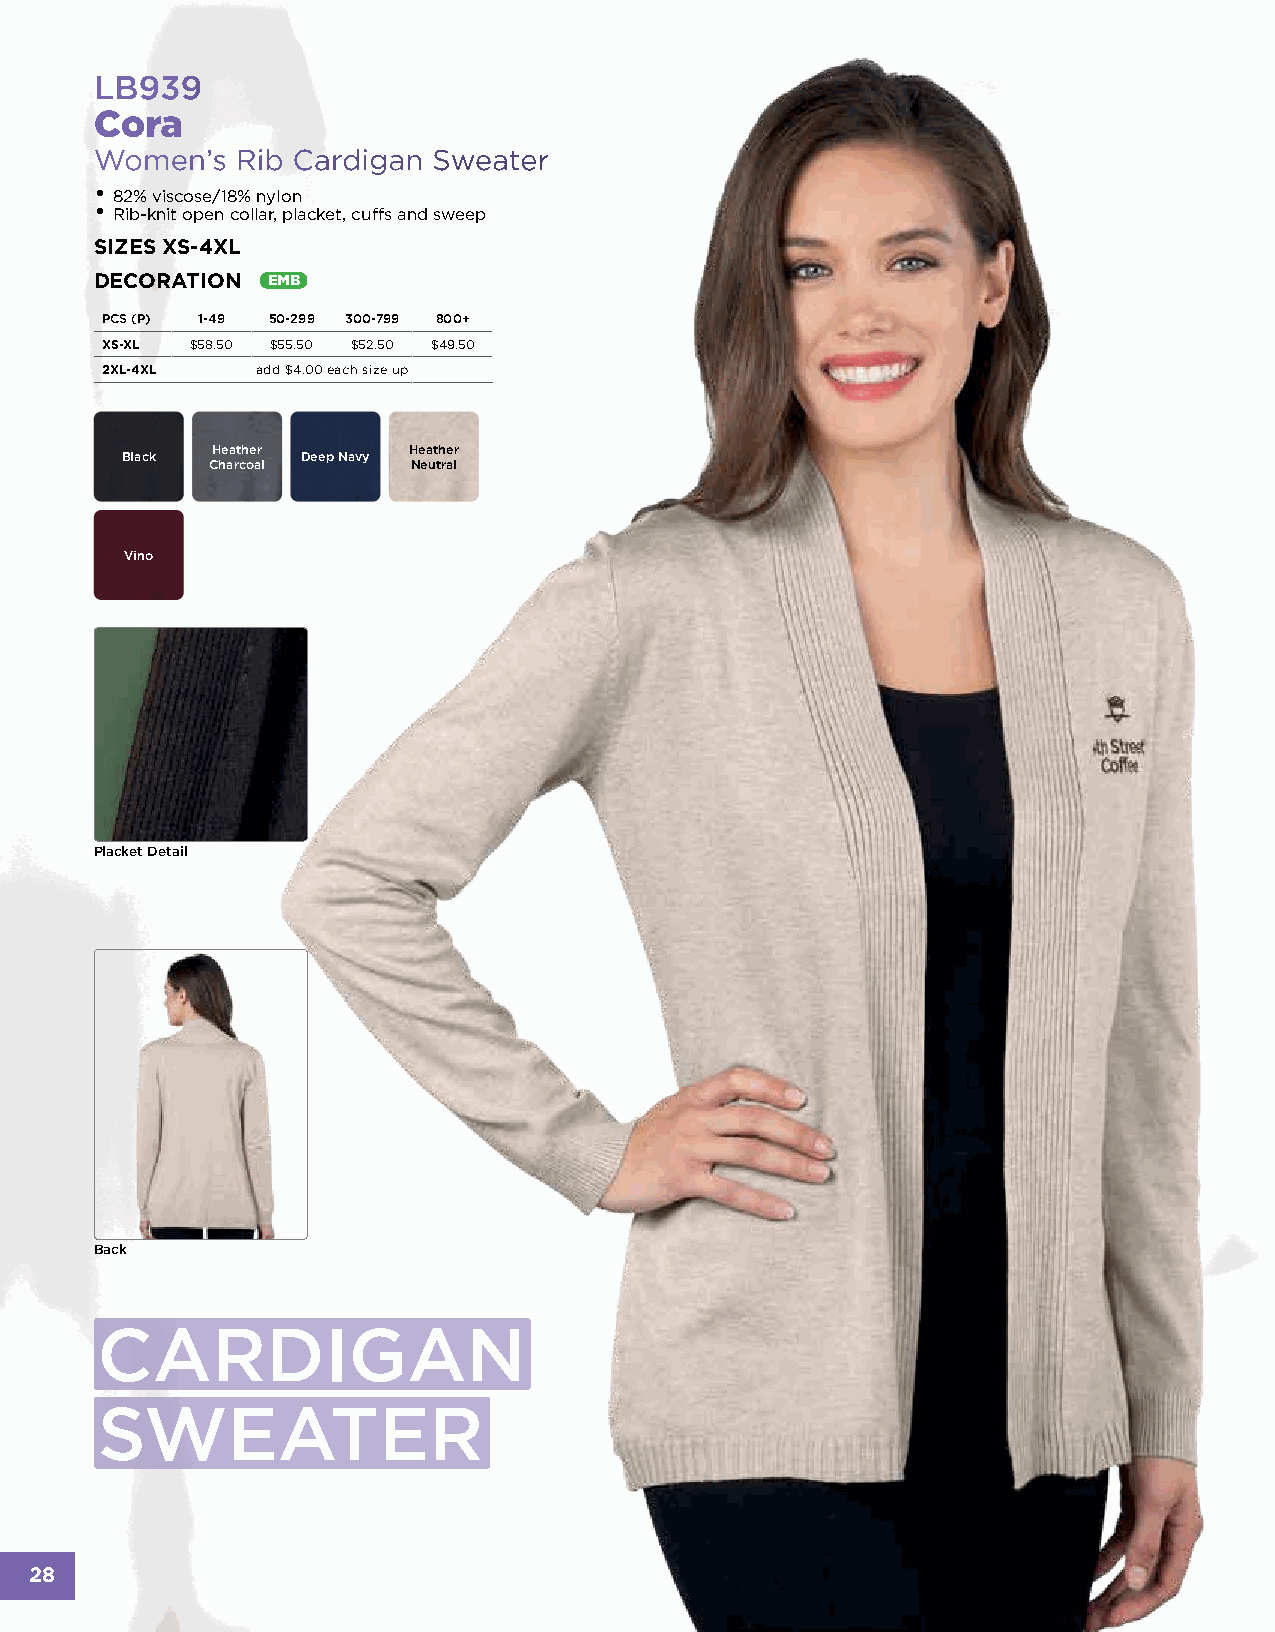
LB939
 Cora
 Women’s   Rib Cardigan Sweater
 •
 82% viscose/18% nylon
 •
 Rib-knit open collar, placket, cuffs and sweep
 SIZES XS-4XL
 DECORATION  EMB
 PCS (P) 1-49 50-299 300-799 800+
 XS-XL $58.50 $55.50 $52.50 $49.50
 2XL-4XL   add $4.00 each size up
 Heather      Heather
 Black       Deep Navy
 Charcoal     Neutral
 Vino
 Placket Detail
 Back
 CARDIGAN
 SWEATER
 28